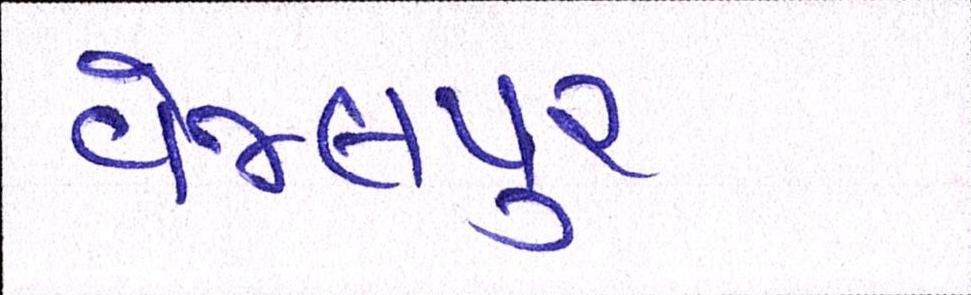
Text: વેજલપુર